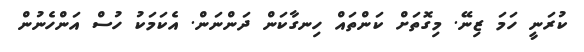
ކުރަނީ ހަމަ ޒިނޭ. މިގޮތަށް ކަންތައް ހިނގާކަން ދަންނަން. އެކަމަކު ހުސް އަންހެނުން